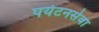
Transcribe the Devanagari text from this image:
पर्यटनसेवा